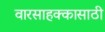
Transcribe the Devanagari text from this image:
वारसाहक्कासाठी